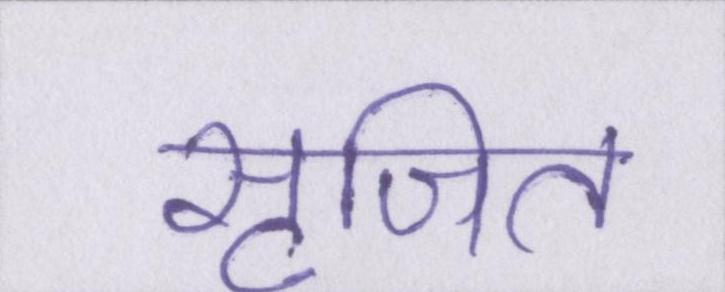
सृजित